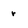
Character: r